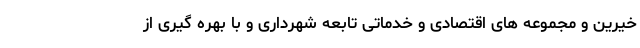
خیرین و مجموعه های اقتصادی و خدماتی تابعه شهرداری و با بهره گیری از